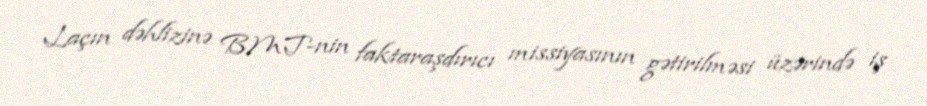
Laçın dəhlizinə BMT-nin faktaraşdırıcı missiyasının gətirilməsi üzərində iş